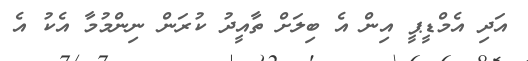
އަދި އެމްޑީޕީ އިން އެ ބިލަށް ތާއީދު ކުރަން ނިންމުމާ އެކު އެ